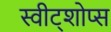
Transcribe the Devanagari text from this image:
स्वीट्शोप्स